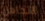
التجاهل